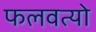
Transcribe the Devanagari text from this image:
फलवत्यो